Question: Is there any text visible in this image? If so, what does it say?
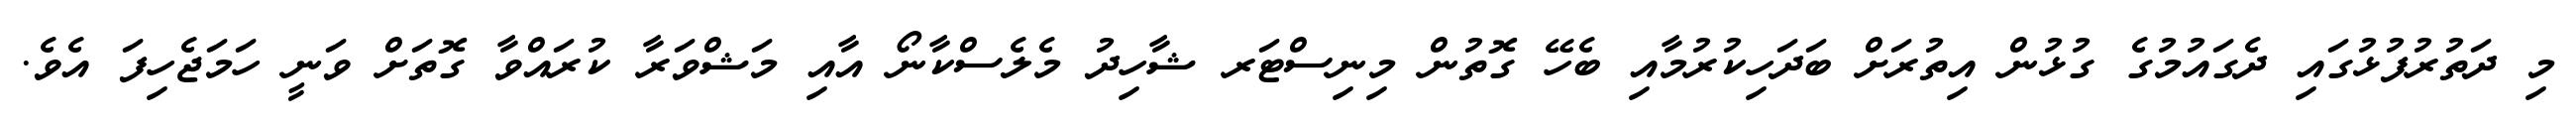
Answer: މި ދަތުރުފުޅުގައި ދެގައުމުގެ ގުޅުން އިތުރަށް ބަދަހިކުރުމާއި ބެހޭ ގޮތުން މިނިސްޓަރ ޝާހިދު މެލެސްކާނޯ އާއި މަޝްވަރާ ކުރައްވާ ގޮތަށް ވަނީ ހަމަޖެހިފަ އެވެ.